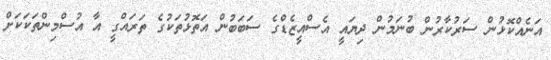
އަނެއްކޮޅުން ސަރުކާރުން ބުނަމުން ދިޔައީ އެސްއީޒެޑްގެ ސަބަބުން އަތޮޅުތަކުގެ ތަރައްގީ އާ އުސްމިންތަކަކަށް